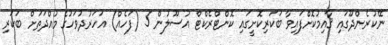
ނޭކުރެންދޫގައި ޤާއިމުކޮށްފައިވާ ބަކަރިކޮށީގައި ކޮންޓްރެކްޓް އުސޫލުން 5 (ފަހެއް) އަހަރުދުވަހުގެ މުއްދަތަށް ބަކަރި